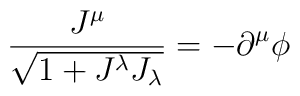
\frac{J^{\mu }}{\sqrt{1+J^{\lambda }J_{\lambda }}}=-\partial ^{\mu }\phi